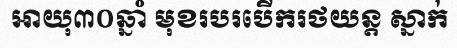
អាយុ៣០ឆ្នាំ មុខរបរបើករថយន្ត ស្នាក់